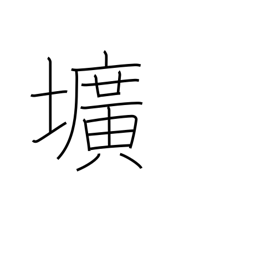
Meaning: hole